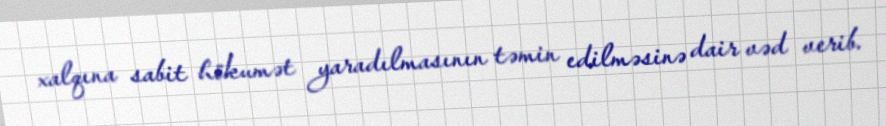
xalqına sabit hökumət yaradılmasının təmin edilməsinə dair vəd verib.